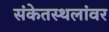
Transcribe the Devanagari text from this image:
संकेतस्थलांवर